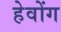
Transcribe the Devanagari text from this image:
हेवोंग